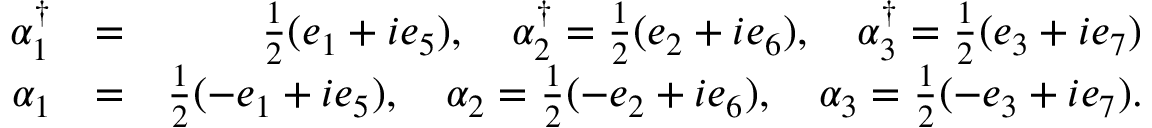
\begin{array} { r l r } { \alpha _ { 1 } ^ { \dagger } } & { = } & { \frac { 1 } { 2 } ( e _ { 1 } + i e _ { 5 } ) , \quad \alpha _ { 2 } ^ { \dagger } = \frac { 1 } { 2 } ( e _ { 2 } + i e _ { 6 } ) , \quad \alpha _ { 3 } ^ { \dagger } = \frac { 1 } { 2 } ( e _ { 3 } + i e _ { 7 } ) } \\ { \alpha _ { 1 } } & { = } & { \frac { 1 } { 2 } ( - e _ { 1 } + i e _ { 5 } ) , \quad \alpha _ { 2 } = \frac { 1 } { 2 } ( - e _ { 2 } + i e _ { 6 } ) , \quad \alpha _ { 3 } = \frac { 1 } { 2 } ( - e _ { 3 } + i e _ { 7 } ) . } \end{array}